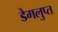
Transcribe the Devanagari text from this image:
डेगलुप्त